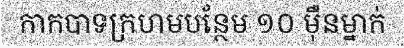
កាកបាទក្រហមបន្ថែម ១០ ម៉ឺនម្នាក់